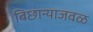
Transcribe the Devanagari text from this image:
बिछान्याजवळ